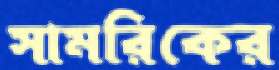
সামরিকের